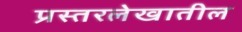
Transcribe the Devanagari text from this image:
प्रस्तरलेखातील